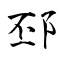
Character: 邳